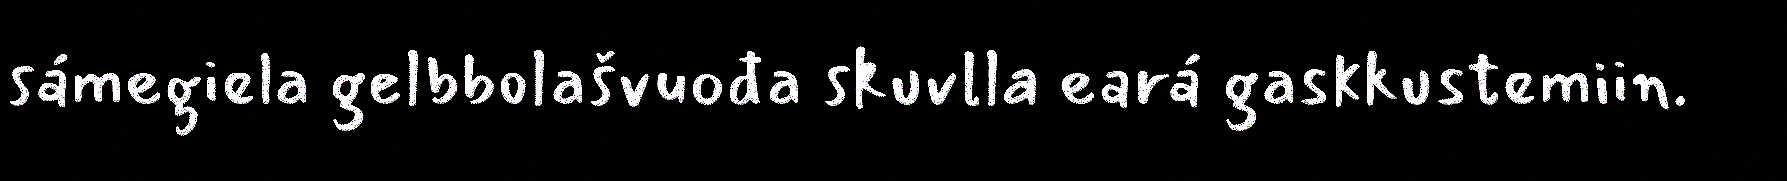
sámegiela gelbbolašvuođa skuvlla eará gaskkustemiin.